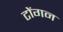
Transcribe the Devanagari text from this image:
टोंगन